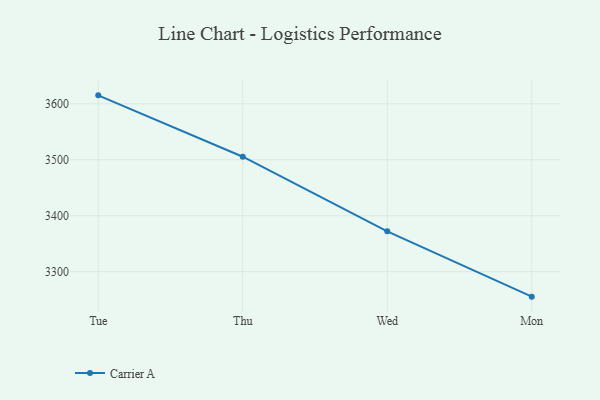
{"axis": {"x": "Day", "y": "Market Share (%)"}, "legend": ["Carrier A"], "data": [{"x": "Tue", "y": 3615.2, "type": "Carrier A"}, {"x": "Thu", "y": 3505.5, "type": "Carrier A"}, {"x": "Wed", "y": 3372.1, "type": "Carrier A"}, {"x": "Mon", "y": 3255.4, "type": "Carrier A"}]}